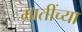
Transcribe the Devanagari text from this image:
मातींच्या